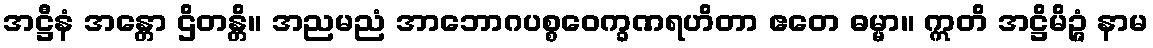
အဋ္ဌီနံ အန္တော ဌိတန္တိ။ အညမညံ အာဘောဂပစ္စဝေက္ခဏရဟိတာ ဧတေ ဓမ္မာ။ ဣတိ အဋ္ဌိမိဉ္ဇံ နာမ